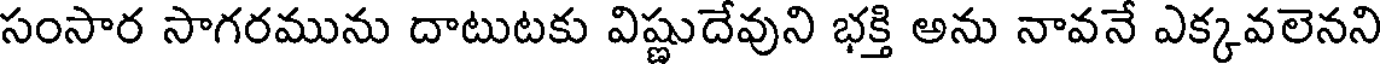
సంసార సాగరమును దాటుటకు విష్ణుదేవుని భక్తి అను నావనే ఎక్కవలెనని